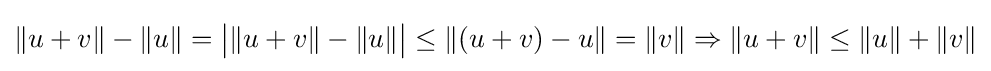
\|u+v\|-\|u\|={\big |}\|u+v\|-\|u\|{\big |}\leq \|(u+v)-u\|=\|v\|\Rightarrow \|u+v\|\leq \|u\|+\|v\|